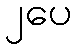
၂ပေ